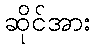
ဆိုင်အား